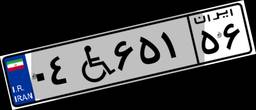
۰۴W۶۵۱۵۶